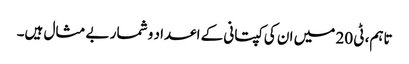
تاہم، ٹی 20 میں ان کی کپتانی کے اعداد و شمار بے مثال ہیں۔